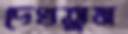
দেখতুম